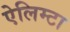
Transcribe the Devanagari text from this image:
ऐलिम्टा